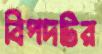
বিপদটির